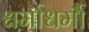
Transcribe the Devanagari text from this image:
धर्माधर्मौ